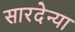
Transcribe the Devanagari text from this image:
सारदेन्या